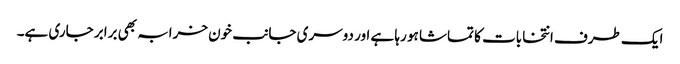
ایک طرف انتخابات کا تماشا ہو رہا ہے اور دوسری جانب خون خرابہ بھی برابر جاری ہے۔